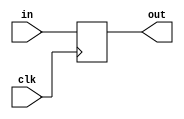
module flip_flop (
    input wire in,
    input wire clk,
    output reg out
);

always @(posedge clk)
begin
    out <= in;
end

endmodule